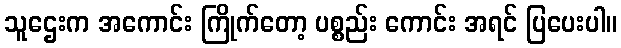
သူဌေးက အကောင်း ကြိုက်တော့ ပစ္စည်း ကောင်း အရင် ပြပေးပါ။